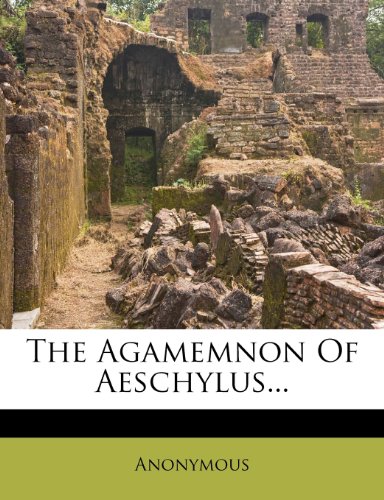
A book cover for The Agamemnon Of Aeschylus...; Anonymous; Literature & Fiction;